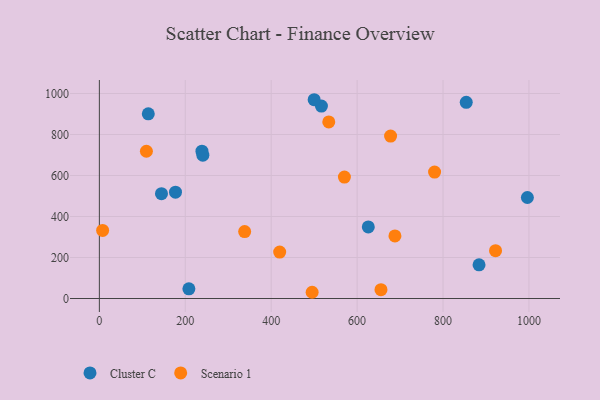
{"axis": {"x": "Price", "y": "Rating"}, "legend": ["Cluster C", "Scenario 1"], "data": [{"x": "238.8", "y": 718.8, "type": "Cluster C"}, {"x": "208.4", "y": 47.4, "type": "Cluster C"}, {"x": "996.3", "y": 492.8, "type": "Cluster C"}, {"x": "240.9", "y": 699.2, "type": "Cluster C"}, {"x": "177.2", "y": 518.5, "type": "Cluster C"}, {"x": "854.0", "y": 956.8, "type": "Cluster C"}, {"x": "626.0", "y": 349.1, "type": "Cluster C"}, {"x": "516.9", "y": 938.8, "type": "Cluster C"}, {"x": "144.6", "y": 511.6, "type": "Cluster C"}, {"x": "113.9", "y": 901.0, "type": "Cluster C"}, {"x": "883.8", "y": 164.3, "type": "Cluster C"}, {"x": "500.0", "y": 969.7, "type": "Cluster C"}, {"x": "922.2", "y": 233.5, "type": "Scenario 1"}, {"x": "495.3", "y": 30.4, "type": "Scenario 1"}, {"x": "338.2", "y": 326.5, "type": "Scenario 1"}, {"x": "7.6", "y": 331.9, "type": "Scenario 1"}, {"x": "655.5", "y": 43.2, "type": "Scenario 1"}, {"x": "419.7", "y": 226.7, "type": "Scenario 1"}, {"x": "780.3", "y": 616.6, "type": "Scenario 1"}, {"x": "688.0", "y": 305.2, "type": "Scenario 1"}, {"x": "534.0", "y": 861.6, "type": "Scenario 1"}, {"x": "570.4", "y": 592.2, "type": "Scenario 1"}, {"x": "677.9", "y": 792.4, "type": "Scenario 1"}, {"x": "109.5", "y": 718.4, "type": "Scenario 1"}]}